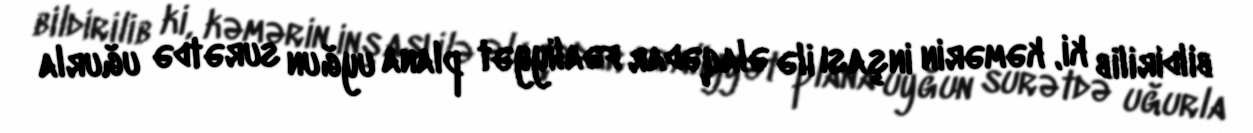
bildirilib ki, kəmərin inşası ilə əlaqədar fəaliyyət plana uyğun surətdə uğurla